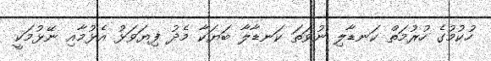
ހުކުމުގެ ހުރުމަތް ކަނޑާލި ނުވަތަ ކަނޑާލާ ބަޔަކާ މެދު ފިޔަވަޅު އެޅުމާއި ނޭޅުމަކީ